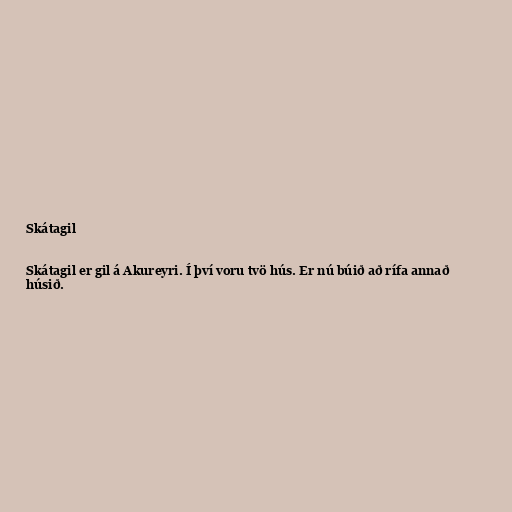
Skátagil

Skátagil er gil á Akureyri. Í því voru tvö hús. Er nú búið að rífa annað
húsið.